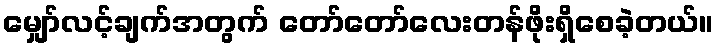
မျှော်လင့်ချက်အတွက် တော်တော်လေးတန်ဖိုးရှိစေခဲ့တယ်။